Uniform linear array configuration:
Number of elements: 48
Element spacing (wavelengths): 1
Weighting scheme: hann
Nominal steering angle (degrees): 30
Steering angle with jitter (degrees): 28.949
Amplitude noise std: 0.05
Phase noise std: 0.05

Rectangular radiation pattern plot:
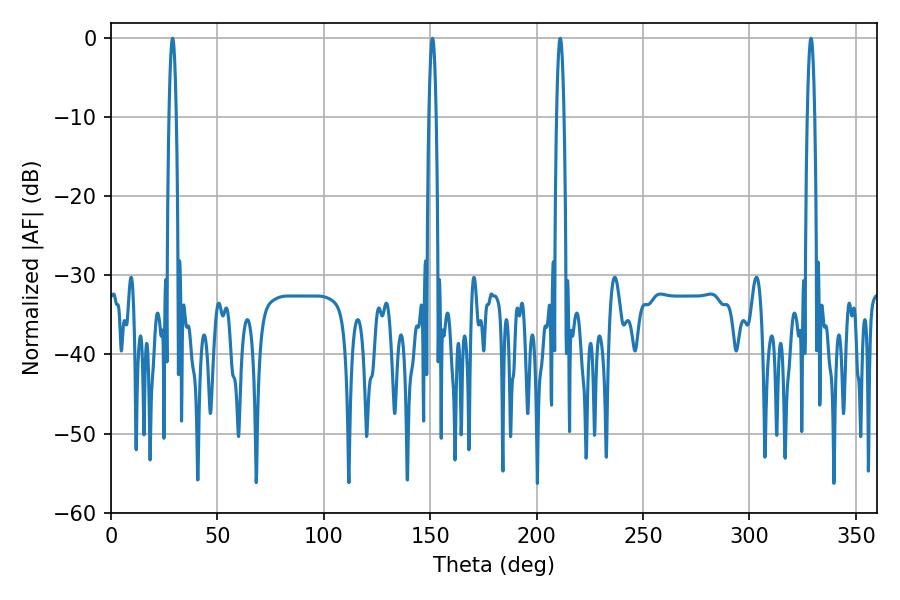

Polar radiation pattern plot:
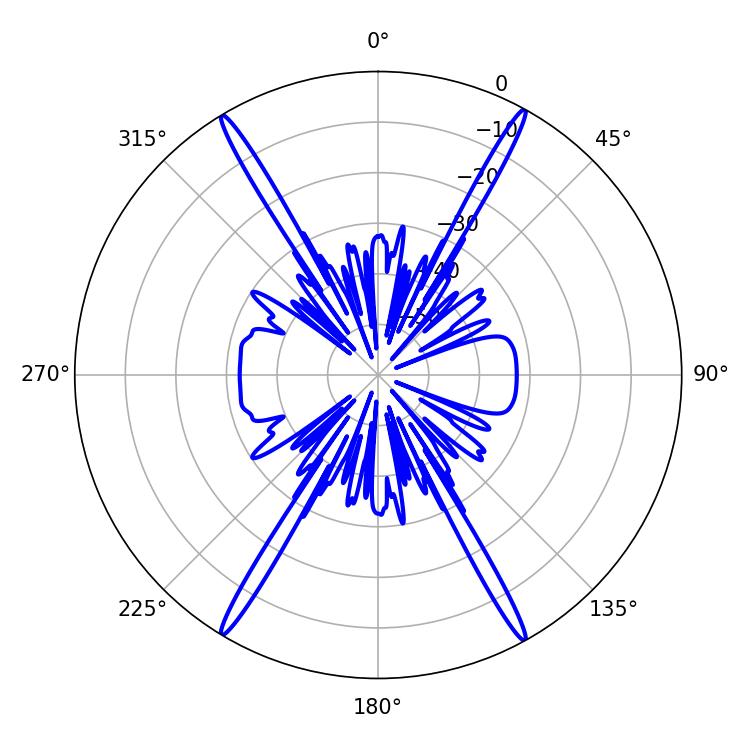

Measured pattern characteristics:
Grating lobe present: TRUE
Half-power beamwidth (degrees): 1.8
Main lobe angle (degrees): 151.02